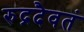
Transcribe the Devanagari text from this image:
रुद्रदैवतं